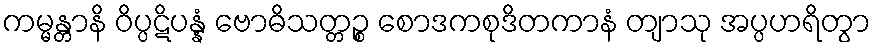
ကမ္မန္တာနိ ဝိပ္ပဋိပန္နံ ဗောဓိသတ္တဉ္စ စောဒကစုဒိတကာနံ တျာသု အပ္ပဟရိတွာ